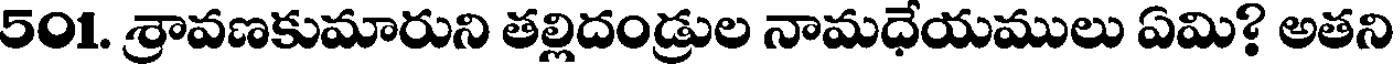
501. శ్రావణకుమారుని తల్లిదండ్రుల నామధేయములు ఏమి? అతని